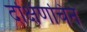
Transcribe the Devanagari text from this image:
दक्षिणचिन